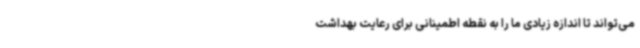
می‌تواند تا اندازه زیادی ما را به نقطه اطمینانی برای رعایت بهداشت